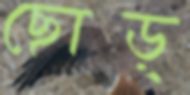
ছোড়্‌